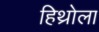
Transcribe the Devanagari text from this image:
हिथ्रोला